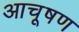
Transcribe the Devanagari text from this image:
आचूषण